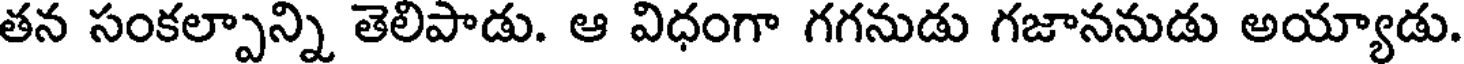
తన సంకల్పాన్ని తెలిపాడు. ఆ విధంగా గగనుడు గజాననుడు అయ్యాడు.